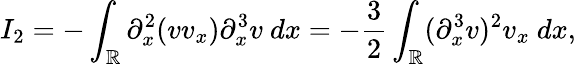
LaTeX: I_{2}=-\int_{\mathbb R}\partial_{x}^{2}(vv_{x})\partial_{x}^{3}v\ dx=-\frac{3}{2}\int_{\mathbb R}(\partial_{x}^{3}v)^{2}v_{x}\ dx,